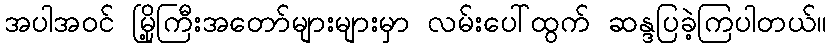
အပါအဝင် မြို့ကြီးအတော်များများမှာ လမ်းပေါ်ထွက် ဆန္ဒပြခဲ့ကြပါတယ်။